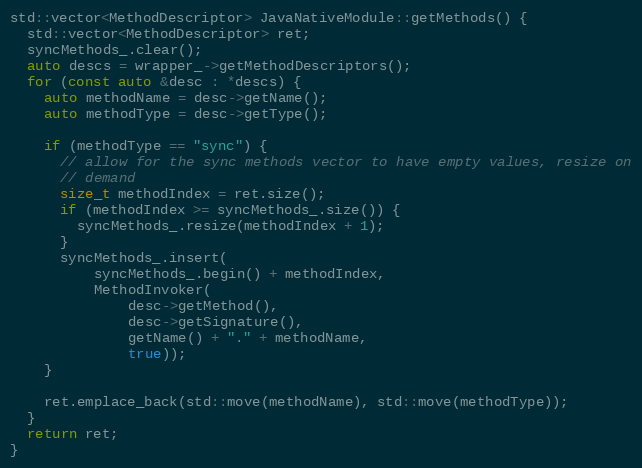
Language: C++
std::vector<MethodDescriptor> JavaNativeModule::getMethods() {
  std::vector<MethodDescriptor> ret;
  syncMethods_.clear();
  auto descs = wrapper_->getMethodDescriptors();
  for (const auto &desc : *descs) {
    auto methodName = desc->getName();
    auto methodType = desc->getType();

    if (methodType == "sync") {
      // allow for the sync methods vector to have empty values, resize on
      // demand
      size_t methodIndex = ret.size();
      if (methodIndex >= syncMethods_.size()) {
        syncMethods_.resize(methodIndex + 1);
      }
      syncMethods_.insert(
          syncMethods_.begin() + methodIndex,
          MethodInvoker(
              desc->getMethod(),
              desc->getSignature(),
              getName() + "." + methodName,
              true));
    }

    ret.emplace_back(std::move(methodName), std::move(methodType));
  }
  return ret;
}